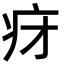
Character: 𬏛